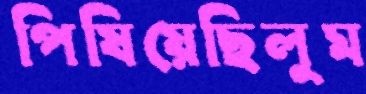
পিষিয়েছিলুম